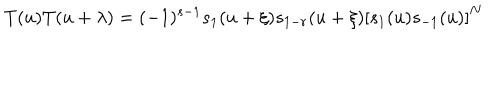
LaTeX: T ( u ) T ( u + \lambda ) = ( - 1 ) ^ { s - 1 } s _ { 1 } ( u + \xi ) s _ { 1 - r } ( u + \xi ) \left[ s _ { 1 } ( u ) s _ { - 1 } ( u ) \right] ^ { N }